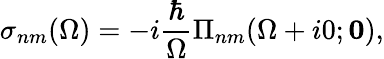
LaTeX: \sigma_{nm}(\Omega)=-i\frac{\hbar}{\Omega}\Pi_{nm}(\Omega+i0;\mathbf{0}),